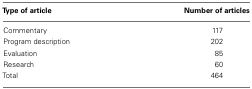
| Type of article | Number of articles |
 | --- | --- |
 | Commentary | 117 |
 | Program description | 202 |
 | Evaluation | 85 |
 | Research | 60 |
 | Total | 464 |